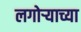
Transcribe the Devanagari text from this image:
लगोर्‍याच्या